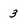
Character: 3